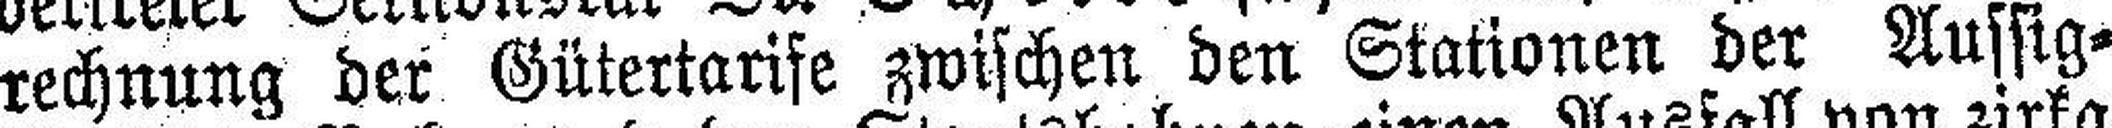
rechnung der Gütertarife zwischen den Stationen der Aussig=